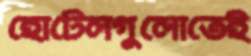
হোটেলগুলোতেই